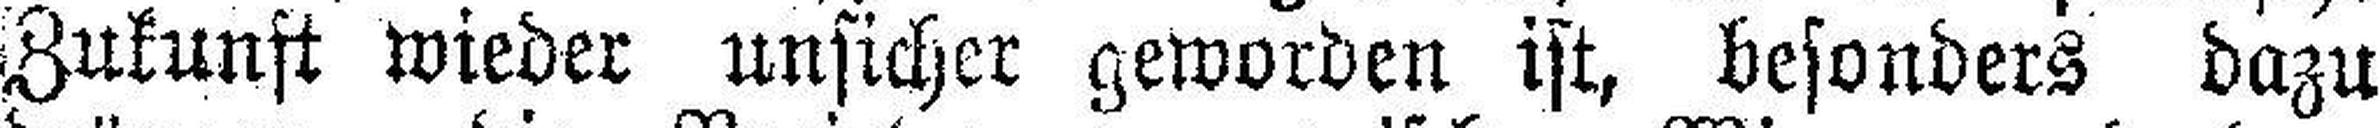
Zukunft wieder unsicher geworden ist, besonders dazu